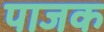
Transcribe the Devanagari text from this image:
पाजक